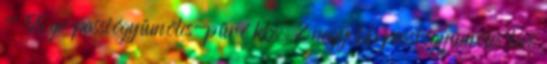
- 55 gr passiógyümölcs-püré kb. 2 nagyobb passiógyümölcs leve